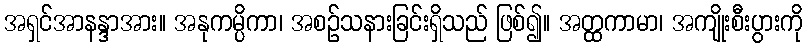
အရှင်အာနန္ဒာအား။ အနုကမ္ပိကာ၊ အစဉ်သနားခြင်းရှိသည် ဖြစ်၍။ အတ္ထကာမာ၊ အကျိုးစီးပွားကို